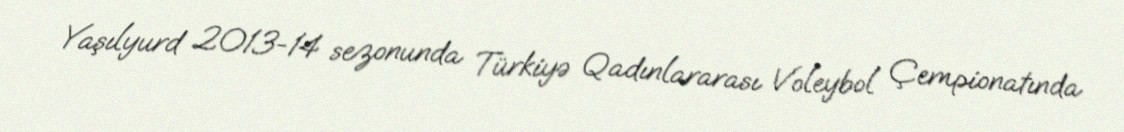
Yaşılyurd 2013-14 sezonunda Türkiyə Qadınlararası Voleybol Çempionatında